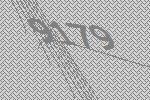
9179